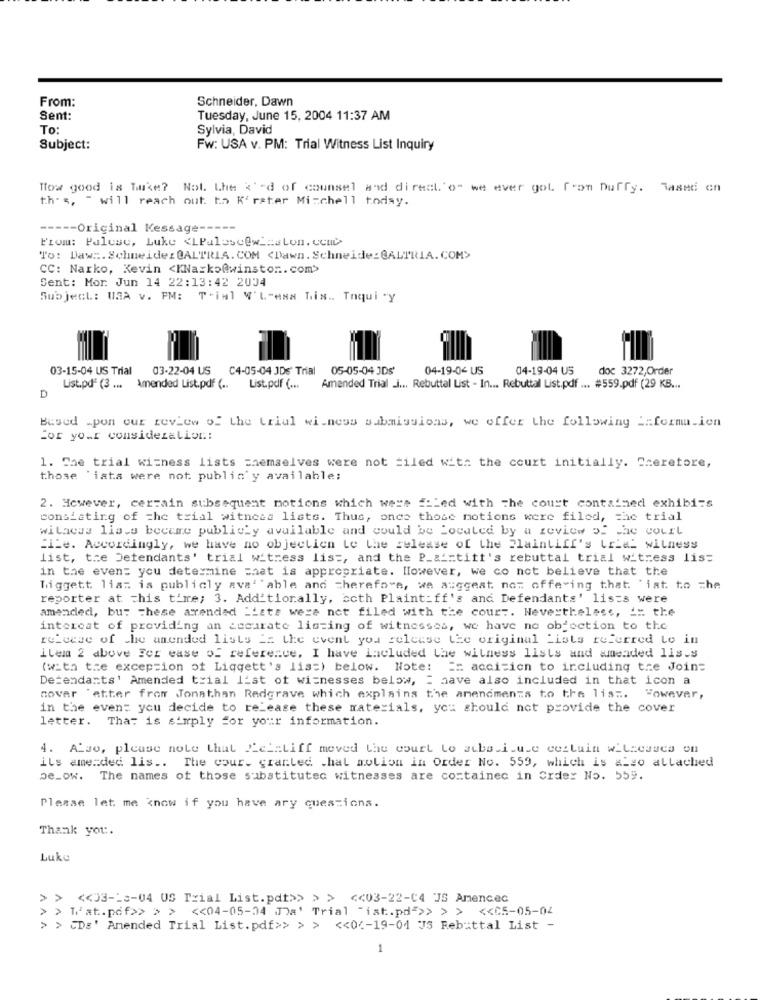
From:
Schneider, Dawn
Sent:
Tuesday, June 15, 2004 11:37 AM
To:
Sylvia, David
Subject:
Fw: USA v. PM: Trial Witness List Inquiry
Tow good is Take? Not. Lhe <'d of counsel and direcl'o" we ever gol from Duffy. Based on
th's, " will reach out to K'rater Mitchell today.
----- Original Kessage -----
From: Palese, Luke <LPalascew _== Lon. Ucu
To: Daw :. Schneider @ALTRIA. COM <Dawn. Schneide: GALTRIA. COM>
CC: Narko, Kevin <KNarko@winstor .. com>
Sent: Mor. Jun 14 22:13:42 2004
Subject: USA v. PM: T-ial W'L"esa Lis .. Taqui -y
03-15-04 US Trial
03-22-04 US
C4-05-04 JDs' Trial
05-05-04 JDs'
04-19-04 US
04-19-04 US
doc 3272,Order
List.pdf (3 ... Amended List.pdf ( .. List.pdf ( ...
Amended Trial .J ... Rebuttal List - In ... Rebuttal List.pdf ... #559.pdf (29 KB ...
D
Bused _pon our review of the trial wi.news submissions, we offer the following _= formu.ien
for your consideration:
1. The trial witness lists Themselves were not =iled with the court initially. Cseretore,
those 'iata were not publin'y available;
2. However, cercain subsequent motions which were E:Led with the court contained exhibits
consisting of the trial witness lists. Thus, once those motions were filed, the trial
withcss lis.o became publicly available and could be Located by a review of the court
"ILe. Accordingly, we have no objection Le the release of the Plaintiff's trial witness
list, the Defendants' trial witness list, and the P_a_ctitt's rebuttal trial witness lis:
in the even= you determine what is appropriate. However, we co not believe that the
Tiggett list is publicly ava' ' able and therefore, we a:ggeat not offering that 'iat to che
reporter at this time; 3. Additionally, coth Plaint_ff's and Defendants' lists were
amended, bu: These arendad "Lets were not filed with the court. Nevertheless, i= the
interest of providing an accurate listing of witnesses, we have no objection to the
reicese of che amended lists _: the event you release the original Lists referred to in
ilem 2 above For ease of reference. I have included the witness lists and amended lis.s
(with the exception of Liqgett's lis=) below. Note: == acci=ien to including tre Join=
Detendants' Amended trial list of witnesses below, = have also included in that icon a
cover 'atter from Jonathan Redgrave which explains the amendments to the lis ..
However,
in the even: you decide to release these materials, you should not provide the cover
letter. That is simply for your information.
4. Also, please note that Pelatiff meved the court to alba.i.u.e cestuin witnesses on
ils amended lis .. The cour. granted .hat motion in Order No. 559, which is also attached
De_ow.
The names of those substitutec witnesses are contained in Order No. 559.
Please let me know if you have ary questions.
Thank you.
Luke
> > << 33->3-04 US Trial List.pdt>> >> << 03-22-C4 JS Amencec
> > M'at.pdf>> >> << 04-05-04 Ja' Trial "ist.pd">> >> << C5-05-04
> > CDs' Amended Trial List. pdf>> > > << 0 .- 19-01 J5 Rebuttal List -
1